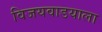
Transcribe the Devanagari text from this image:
विजयवाडयाला